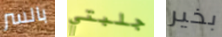
بالسر جلبتي بخير